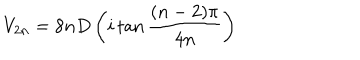
V _ { 2 n } = 8 n D \left( i \tan \frac { ( n - 2 ) \pi } { 4 n } \right)